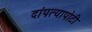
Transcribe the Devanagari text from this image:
दांपत्यापोटी